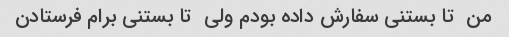
من  تا بستنی سفارش داده بودم ولی  تا بستنی برام فرستادن